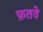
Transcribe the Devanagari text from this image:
फ़तवे